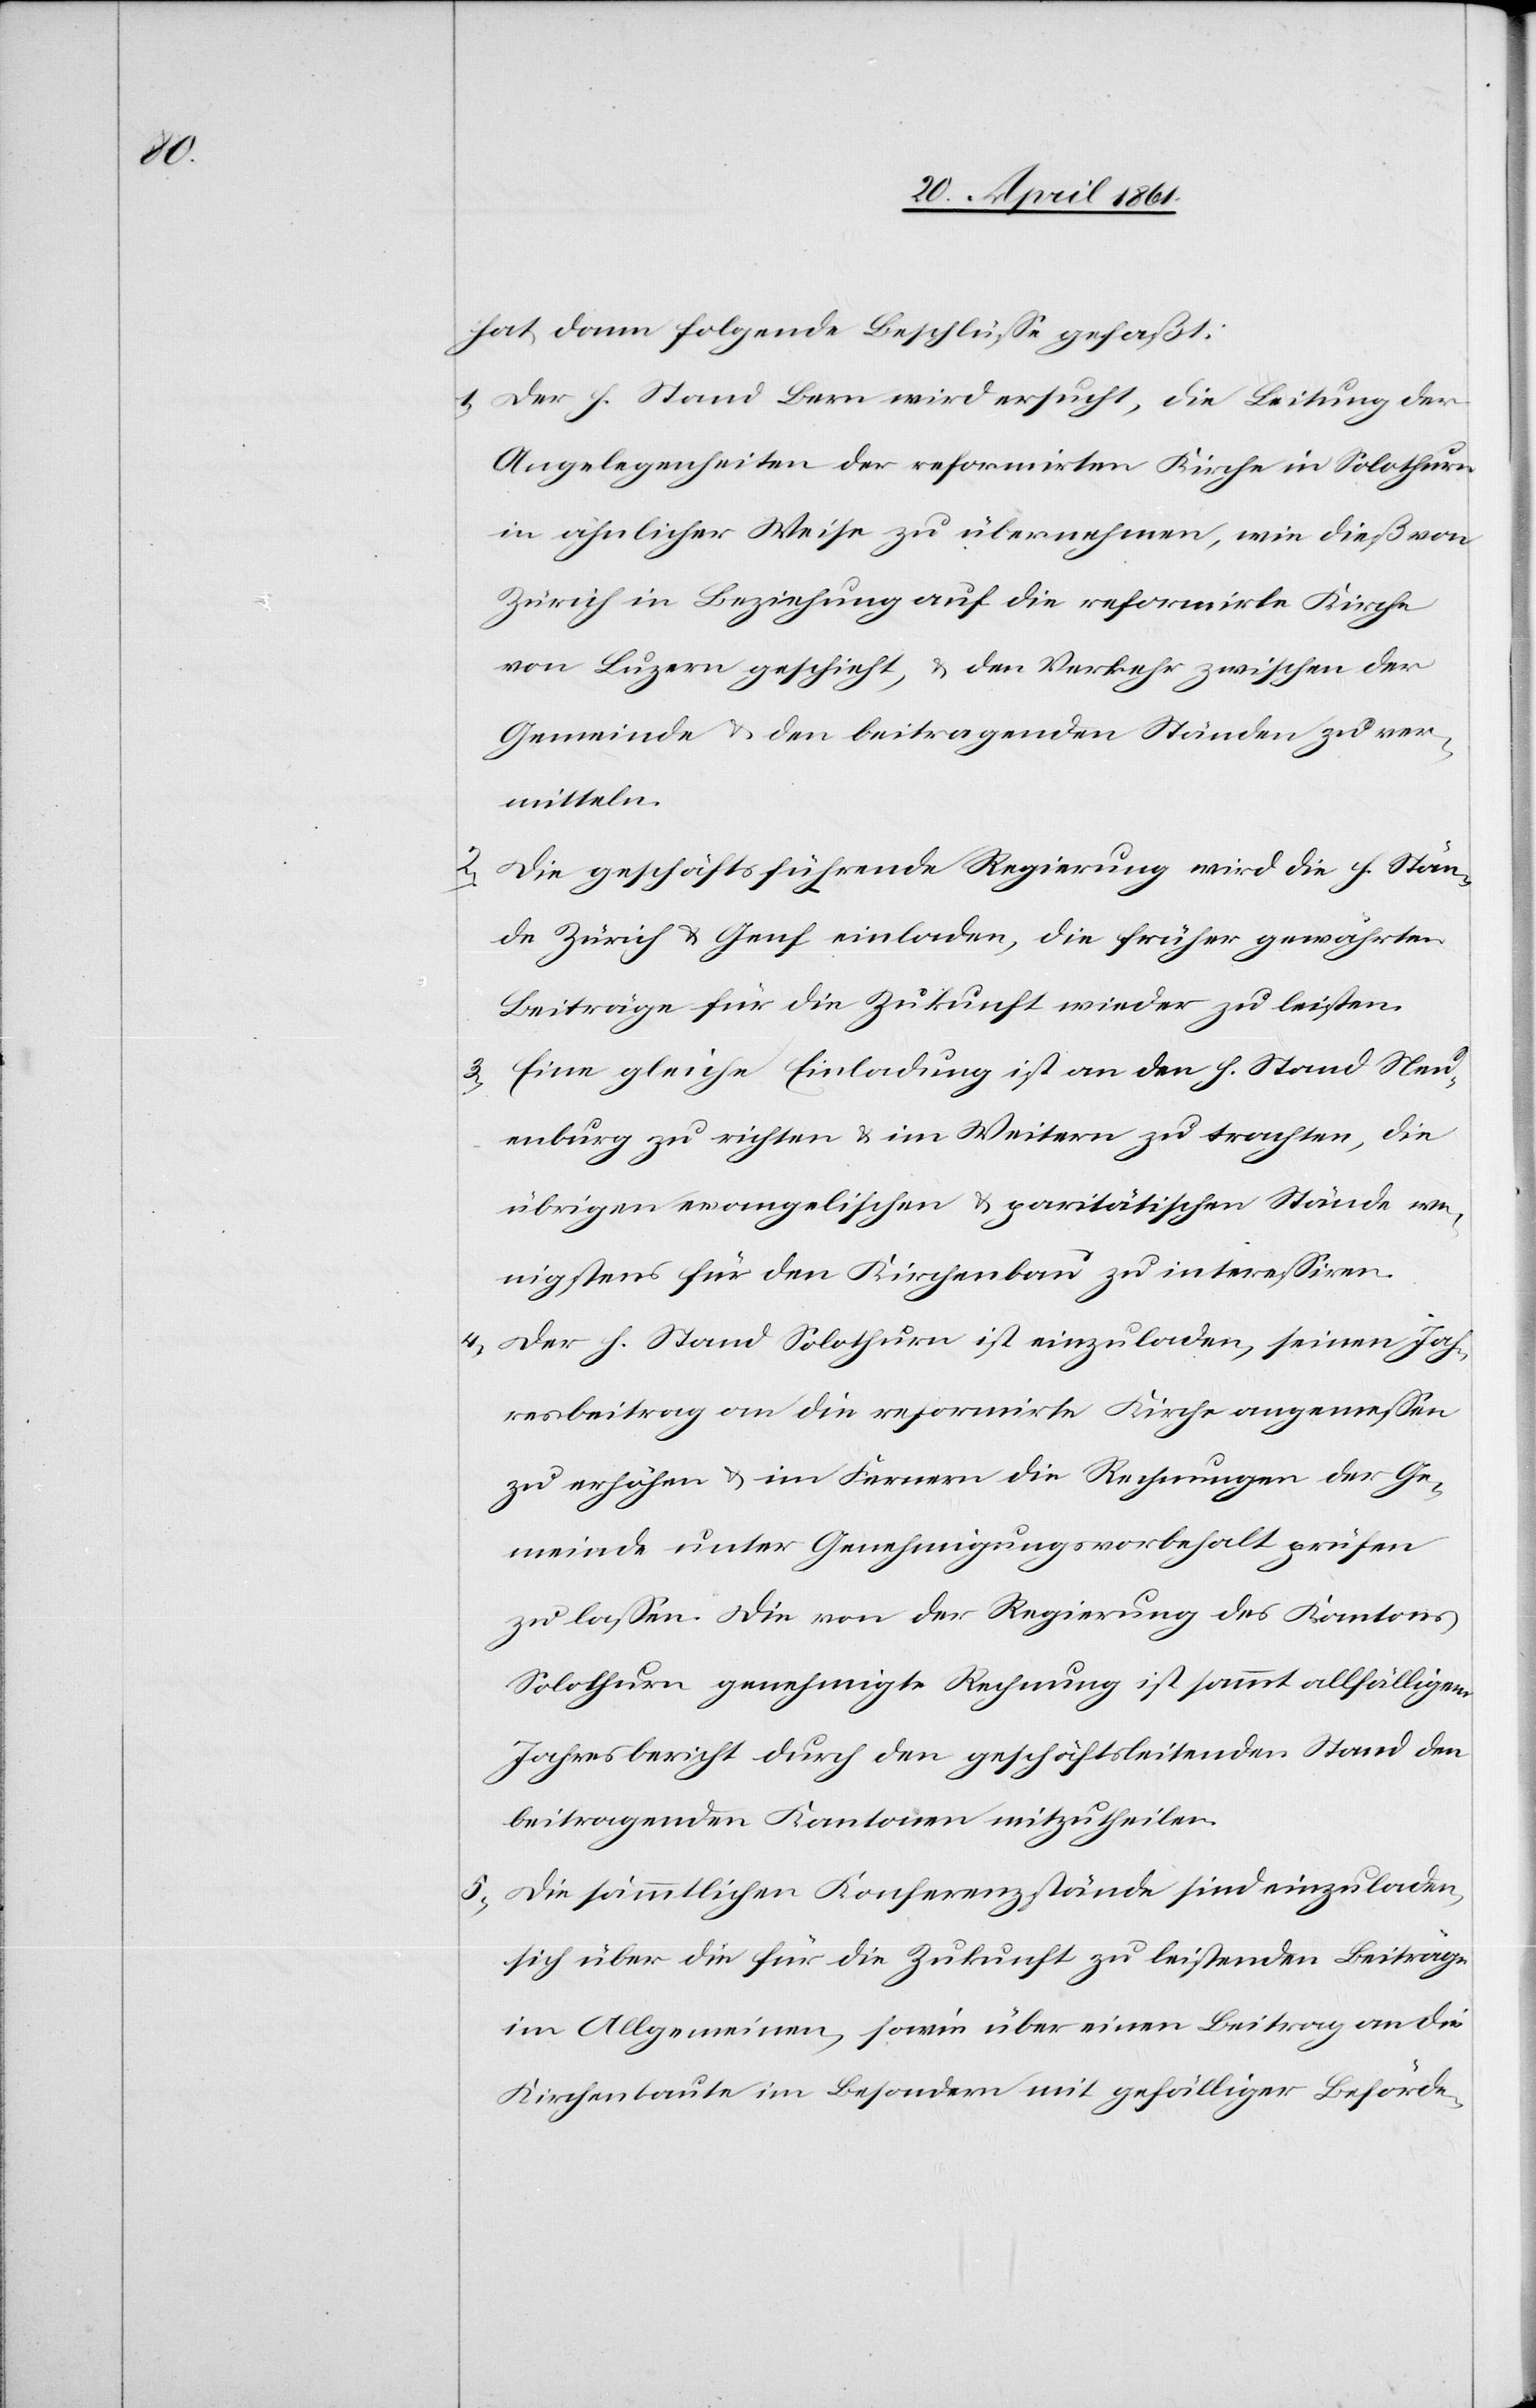
hat dann folgende Beschlüsse gefaßt:
1. Der h. Stand Bern wird ersucht, die Leitung der
Angelegenheiten der reformirten Kirche in Solothurn
in ähnlicher Weise zu übernehmen, die dieß von
Zürich in Beziehung auf die reformirte Kirche
von Luzern geschieht, u. den Verkehr zwischen der
Gemeinde u. den beitragenden Ständen zu ver¬
mitteln.
2. Die geschäftsführende Regierung wird die h. Stän¬
de Zürich u. Genf einladen, die früher gewährten
Beiträge für die Zukunft wieder zu leisten.
3. Eine gleiche Einladung ist an den h. Stand Neu¬
enburg zu richten u. im Weitern zu trachten, die
übrigen evangelischen u. paritätischen Stände we¬
nigstens für den Kirchenbau zu interessiren.
4. Der h. Stand Solothurn ist einzuladen, seinen Jah¬
resbeitrag an die reformirte Kirche angemessen
zu erhöhen u. im Fernern die Rechnungen der Ge¬
meinde unter Genehmigungsvorbehalt prüfen
zu lassen. Die von der Regierung des Kantons
Solothurn genehmigte Rechnung ist sammt allfälligem
Jahresbericht durch den geschäftsleitenden Stand den
beitragenden Kantonen mitzutheilen.
5. Die sämmtlichen Konferenzstände sind einzuladen,
sich über die für die Zukunft zu leistenden Beiträge
im Allgemeinen, sowie über einen Beitrag an die
Kirchenbaute im Besondern mit gefälliger Beförde-